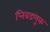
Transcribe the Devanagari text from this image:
प्निवडणूक